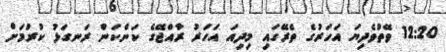
12:20 ވޭތުވެދިޔަ އަހަރުގެ ތެރޭގައި މިދިއަ އަހަރު ރާއްޖޭގެ ކަންކަން ރަނގަޅު ކުރުމަށް